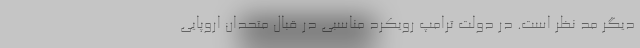
دیگر مد نظر است. در دولت ترامپ رویکرد مناسبی در قبال متحدان اروپایی